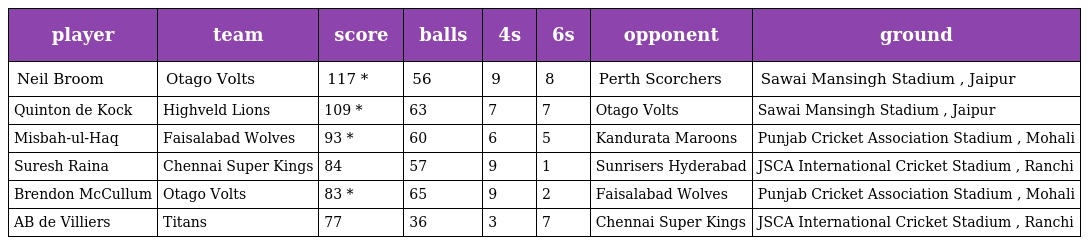
| player | team | score | balls | 4s | 6s | opponent | ground |
 | --- | --- | --- | --- | --- | --- | --- | --- |
 | Neil Broom | Otago Volts | 117 * | 56 | 9 | 8 | Perth Scorchers | Sawai Mansingh Stadium , Jaipur |
 | Quinton de Kock | Highveld Lions | 109 * | 63 | 7 | 7 | Otago Volts | Sawai Mansingh Stadium , Jaipur |
 | Misbah-ul-Haq | Faisalabad Wolves | 93 * | 60 | 6 | 5 | Kandurata Maroons | Punjab Cricket Association Stadium , Mohali |
 | Suresh Raina | Chennai Super Kings | 84 | 57 | 9 | 1 | Sunrisers Hyderabad | JSCA International Cricket Stadium , Ranchi |
 | Brendon McCullum | Otago Volts | 83 * | 65 | 9 | 2 | Faisalabad Wolves | Punjab Cricket Association Stadium , Mohali |
 | AB de Villiers | Titans | 77 | 36 | 3 | 7 | Chennai Super Kings | JSCA International Cricket Stadium , Ranchi |